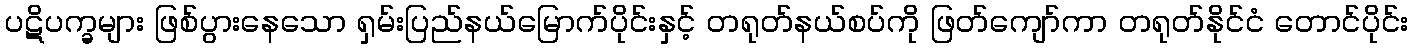
ပဋိပက္ခများ ဖြစ်ပွားနေသော ရှမ်းပြည်နယ်မြောက်ပိုင်းနှင့် တရုတ်နယ်စပ်ကို ဖြတ်ကျော်ကာ တရုတ်နိုင်ငံ တောင်ပိုင်း